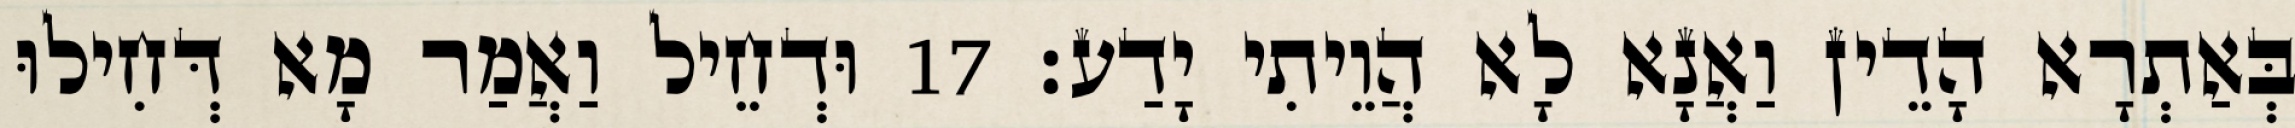
בְּאַתְרָא הָדֵין וַאֲנָא לָא הֲוֵיתִי יָדַע׃ 17 וּדְחֵיל וַאֲמַר מָא דְּחִילוּ